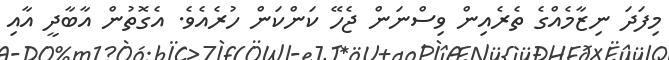
މިފަދަ ނިޒާމެއްގެ ތެރެއިން ވިސްނަން ޖެހޭ ކަންކަން ހުރެއެވެ. އެގޮތުން އާބާދީ އާއި